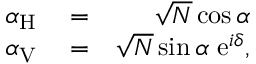
\begin{array} { r l r } { \alpha _ { \mathrm { H } } } & { { } = } & { \sqrt { N } \cos \alpha } \\ { \alpha _ { \mathrm { V } } } & { { } = } & { \sqrt { N } \sin \alpha \ \mathrm { e } ^ { i \delta } , } \end{array}